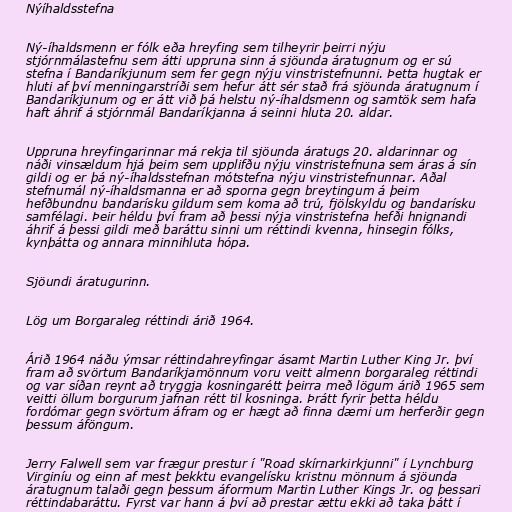
Nýíhaldsstefna

Ný-íhaldsmenn er fólk eða hreyfing sem tilheyrir þeirri nýju
stjórnmálastefnu sem átti uppruna sinn á sjöunda áratugnum og er sú
stefna í Bandaríkjunum sem fer gegn nýju vinstristefnunni. Þetta hugtak er
hluti af því menningarstríði sem hefur átt sér stað frá sjöunda áratugnum í
Bandaríkjunum og er átt við þá helstu ný-íhaldsmenn og samtök sem hafa
haft áhrif á stjórnmál Bandaríkjanna á seinni hluta 20. aldar.

Uppruna hreyfingarinnar má rekja til sjöunda áratugs 20. aldarinnar og
náði vinsældum hjá þeim sem upplifðu nýju vinstristefnuna sem áras á sín
gildi og er þá ný-íhaldsstefnan mótstefna nýju vinstristefnunnar. Aðal
stefnumál ný-íhaldsmanna er að sporna gegn breytingum á þeim
hefðbundnu bandarísku gildum sem koma að trú, fjölskyldu og bandarísku
samfélagi. Þeir héldu því fram að þessi nýja vinstristefna hefði hnignandi
áhrif á þessi gildi með baráttu sinni um réttindi kvenna, hinsegin fólks,
kynþátta og annara minnihluta hópa.

Sjöundi áratugurinn.

Lög um Borgaraleg réttindi árið 1964.

Árið 1964 náðu ýmsar réttindahreyfingar ásamt Martin Luther King Jr. því
fram að svörtum Bandaríkjamönnum voru veitt almenn borgaraleg réttindi
og var síðan reynt að tryggja kosningarétt þeirra með lögum árið 1965 sem
veitti öllum borgurum jafnan rétt til kosninga. Þrátt fyrir þetta héldu
fordómar gegn svörtum áfram og er hægt að finna dæmi um herferðir gegn
þessum áföngum.

Jerry Falwell sem var frægur prestur í "Road skírnarkirkjunni" í Lynchburg
Virginíu og einn af mest þekktu evangelísku kristnu mönnum á sjöunda
áratugnum talaði gegn þessum áformum Martin Luther Kings Jr. og þessari
réttindabaráttu. Fyrst var hann á því að prestar ættu ekki að taka þátt í